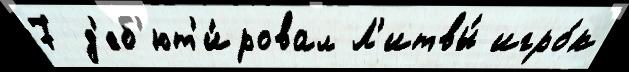
7 д'еб'ют'и́ровал Л'итвы́ игро́к